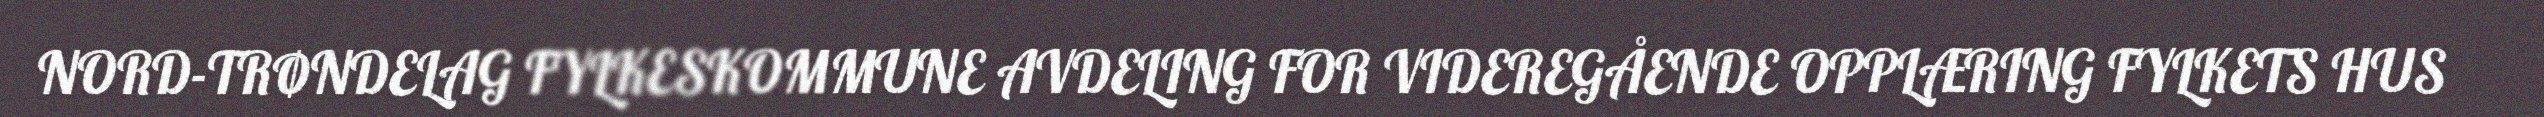
NORD-TRØNDELAG FYLKESKOMMUNE AVDELING FOR VIDEREGÅENDE OPPLÆRING FYLKETS HUS